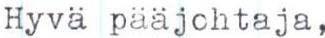
Hyvä pääjohtaja,